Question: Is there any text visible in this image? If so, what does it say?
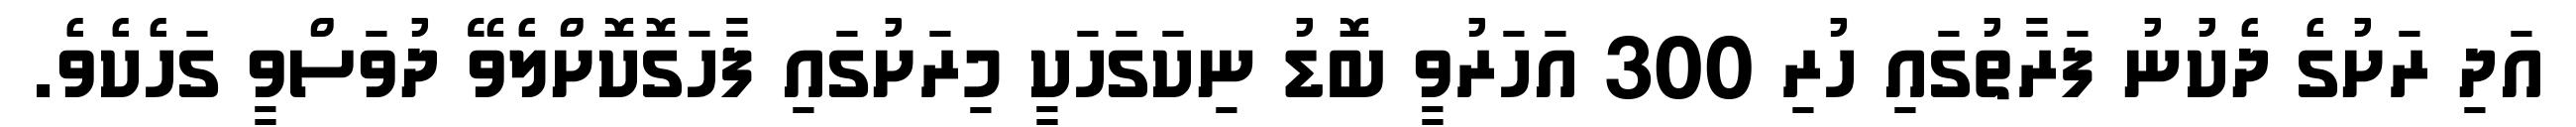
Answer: އަދި ރަށުގެ ދެކުނު ފަރާތުގައި ހުރި 300 އަހަރުވީ ބޮޑު ނިކަގަހަކީ މިރަށުގައި ފާހަގޮކޮށްލެވޭ ދުވަސްވީ ގަހެކެވެ.